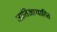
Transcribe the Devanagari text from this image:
जातिआधारित